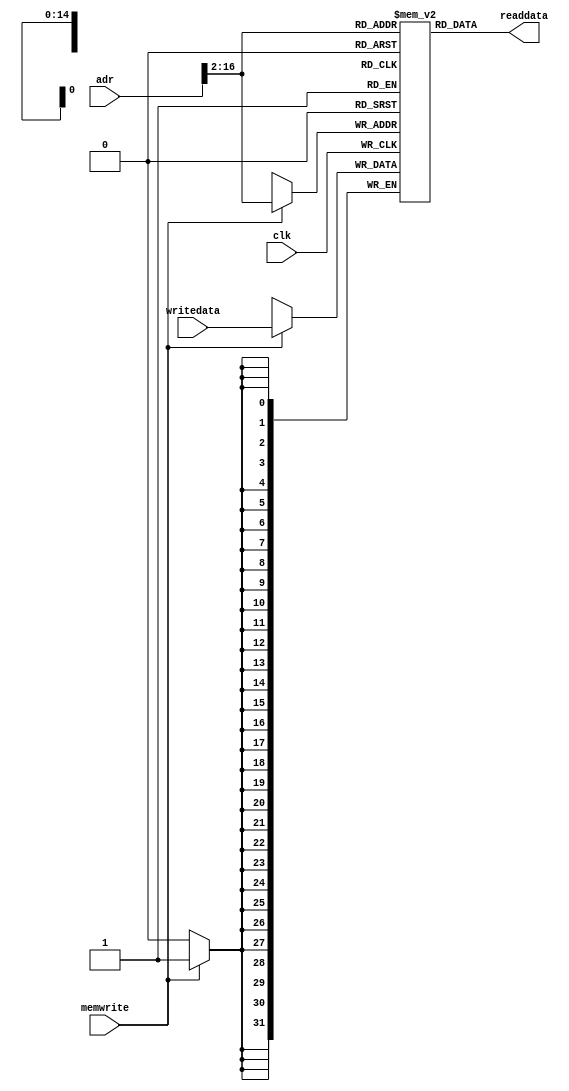
module dataram #(
    parameter DATA_WIDTH = 32, BUS_WIDTH = 17
) (
    input                   clk,
    input                   memwrite,
    input  [BUS_WIDTH-1:0]  adr,
    input  [DATA_WIDTH-1:0] writedata,
    output [DATA_WIDTH-1:0] readdata
);

    reg [DATA_WIDTH-1:0] RAM [0:(1<<(BUS_WIDTH-2))-1];

    assign readdata = RAM[adr>>2];

    // read and write bytes from 32-bit word
    always @(posedge clk)
        if(memwrite)
            RAM[adr>>2] <= writedata;
endmodule